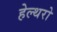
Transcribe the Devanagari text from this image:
हेल्थरो